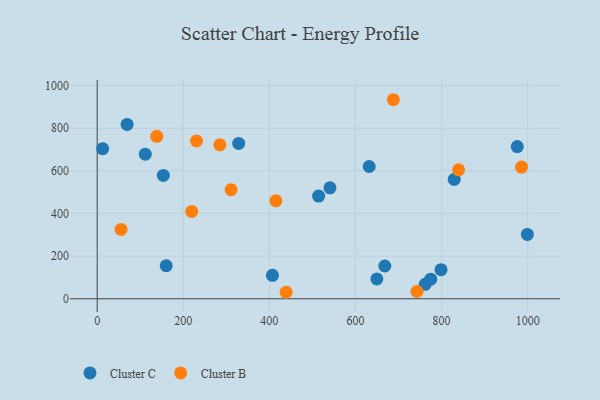
{"axis": {"x": "Experience", "y": "Rating"}, "legend": ["Cluster B", "Cluster C"], "data": [{"x": "540.7", "y": 520.3, "type": "Cluster C"}, {"x": "69.5", "y": 817.7, "type": "Cluster C"}, {"x": "761.9", "y": 67.8, "type": "Cluster C"}, {"x": "514.4", "y": 481.8, "type": "Cluster C"}, {"x": "160.3", "y": 154.8, "type": "Cluster C"}, {"x": "829.4", "y": 559.9, "type": "Cluster C"}, {"x": "632.0", "y": 620.2, "type": "Cluster C"}, {"x": "111.7", "y": 677.9, "type": "Cluster C"}, {"x": "975.9", "y": 713.6, "type": "Cluster C"}, {"x": "798.8", "y": 136.3, "type": "Cluster C"}, {"x": "668.2", "y": 153.6, "type": "Cluster C"}, {"x": "999.4", "y": 301.7, "type": "Cluster C"}, {"x": "153.6", "y": 578.4, "type": "Cluster C"}, {"x": "774.8", "y": 91.7, "type": "Cluster C"}, {"x": "407.1", "y": 109.7, "type": "Cluster C"}, {"x": "328.7", "y": 728.6, "type": "Cluster C"}, {"x": "649.7", "y": 93.0, "type": "Cluster C"}, {"x": "12.6", "y": 703.7, "type": "Cluster C"}, {"x": "985.8", "y": 617.5, "type": "Cluster B"}, {"x": "219.6", "y": 409.8, "type": "Cluster B"}, {"x": "285.0", "y": 722.1, "type": "Cluster B"}, {"x": "415.1", "y": 459.1, "type": "Cluster B"}, {"x": "55.5", "y": 325.4, "type": "Cluster B"}, {"x": "230.7", "y": 740.0, "type": "Cluster B"}, {"x": "138.4", "y": 761.9, "type": "Cluster B"}, {"x": "839.6", "y": 604.7, "type": "Cluster B"}, {"x": "688.0", "y": 933.5, "type": "Cluster B"}, {"x": "743.0", "y": 34.4, "type": "Cluster B"}, {"x": "439.0", "y": 30.4, "type": "Cluster B"}, {"x": "311.0", "y": 511.8, "type": "Cluster B"}]}